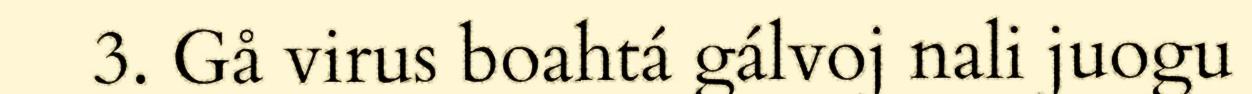
3. Gå virus boahtá gálvoj nali juogu